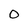
Character: O